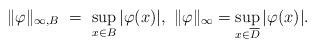
LaTeX: \begin{align*}\| \varphi \|_{\infty, B} \ = \ \sup_{x \in B} | \varphi (x)|, \ \|\varphi\|_{\infty} = \sup_{x \in \overline{D}}| \varphi(x)|.\end{align*}